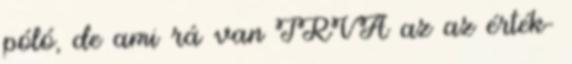
póló, de ami rá van ÍRVA az az érték-